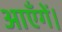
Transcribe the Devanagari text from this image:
आएँगें।